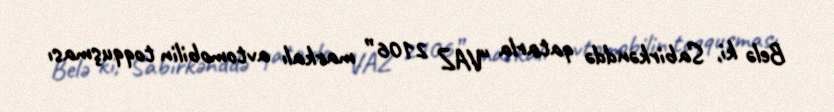
Belə ki, Sabirkənddə qatarla “VAZ 2106” markalı avtomobilin toqquşması